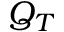
Q _ { T }